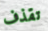
تقذف